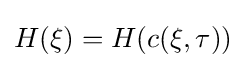
H(\xi )=H(c(\xi ,\tau ))